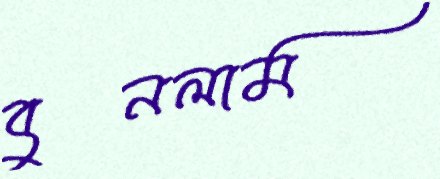
বুনলাম